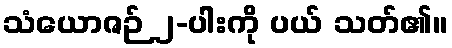
သံယောဇဉ် ၂-ပါးကို ပယ် သတ်၏။